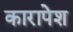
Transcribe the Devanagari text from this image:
कारापेश